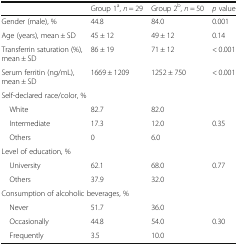
|  | Group 1a, n = 29 | Group 2b, n = 50 | p value |
 | --- | --- | --- | --- |
 | Gender (male), % | 44.8 | 84.0 | 0.001 |
 | Age (years), mean ± SD | 45 ± 12 | 49 ± 12 | 0.14 |
 | Transferrin saturation (%), mean ± SD | 86 ± 19 | 71 ± 12 | < 0.001 |
 | Serum ferritin (ng/mL), mean ± SD | 1669 ± 1209 | 1252 ± 750 | < 0.001 |
 | <COLSPAN=4> Self-declared race/color, % |
 | White | 82.7 | 82.0 |  |
 | Intermediate | 17.3 | 12.0 | 0.35 |
 | Others | 0 | 6.0 |  |
 | <COLSPAN=4> Level of education, % |
 | University | 62.1 | 68.0 | <ROWSPAN=2> 0.77 |
 | Others | 37.9 | 32.0 |
 | <COLSPAN=4> Consumption of alcoholic beverages, % |
 | Never | 51.7 | 36.0 |  |
 | Occasionally | 44.8 | 54.0 | 0.30 |
 | Frequently | 3.5 | 10.0 |  |